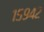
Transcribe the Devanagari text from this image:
१५९४२